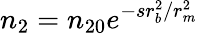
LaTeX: n_{2}=n_{20}e^{-sr_{b}^{2}/r_{m}^{2}}